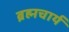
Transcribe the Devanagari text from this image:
ब्रह्मचार्य